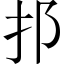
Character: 𨙰